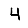
Digit: 4